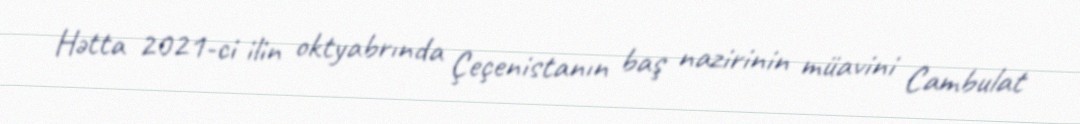
Hətta 2021-ci ilin oktyabrında Çeçenistanın baş nazirinin müavini Cambulat